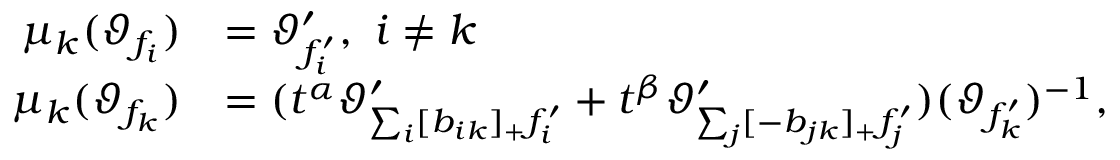
\begin{array} { r l } { \mu _ { k } ( \vartheta _ { f _ { i } } ) } & { = \vartheta _ { f _ { i } ^ { \prime } } ^ { \prime } , \ i \neq k } \\ { \mu _ { k } ( \vartheta _ { f _ { k } } ) } & { = ( t ^ { \alpha } \vartheta _ { \sum _ { i } [ b _ { i k } ] _ { + } f _ { i } ^ { \prime } } ^ { \prime } + t ^ { \beta } \vartheta _ { \sum _ { j } [ - b _ { j k } ] _ { + } f _ { j } ^ { \prime } } ^ { \prime } ) ( \vartheta _ { f _ { k } ^ { \prime } } ) ^ { - 1 } , } \end{array}